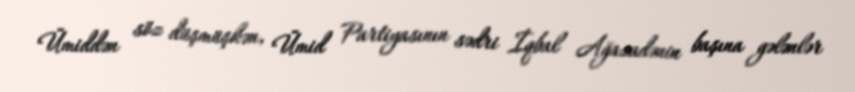
Ümiddən söz düşmüşkən, Ümid Partiyasının sədri İqbal Ağazadənin başına gələnlər